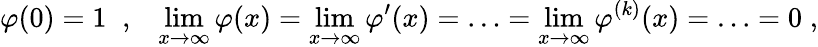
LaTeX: \varphi(0)=1\; \; ,\; \; \; \operatorname*{lim}_{x\to\infty}\varphi(x)=\operatorname*{lim}_{x\to\infty}\varphi^{\prime}(x)=\ldots=\operatorname*{lim}_{x\to\infty}\varphi^{(k)}(x)=\ldots=0\; ,